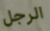
الرجل